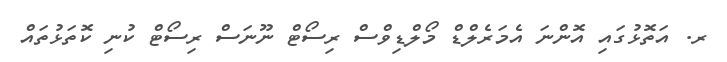
ރ. އަތޮޅުގައި އޮންނަ އެމަރެލްޑް މޯލްޑިވްސް ރިސޯޓް ނޫނަސް ރިސޯޓް ކުނި ކޮތަޅުތައް